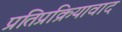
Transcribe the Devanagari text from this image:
प्रतिप्रक्रियावाद